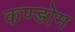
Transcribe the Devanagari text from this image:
कण्डोम